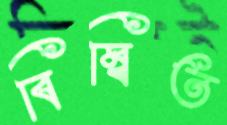
বিম্বিত